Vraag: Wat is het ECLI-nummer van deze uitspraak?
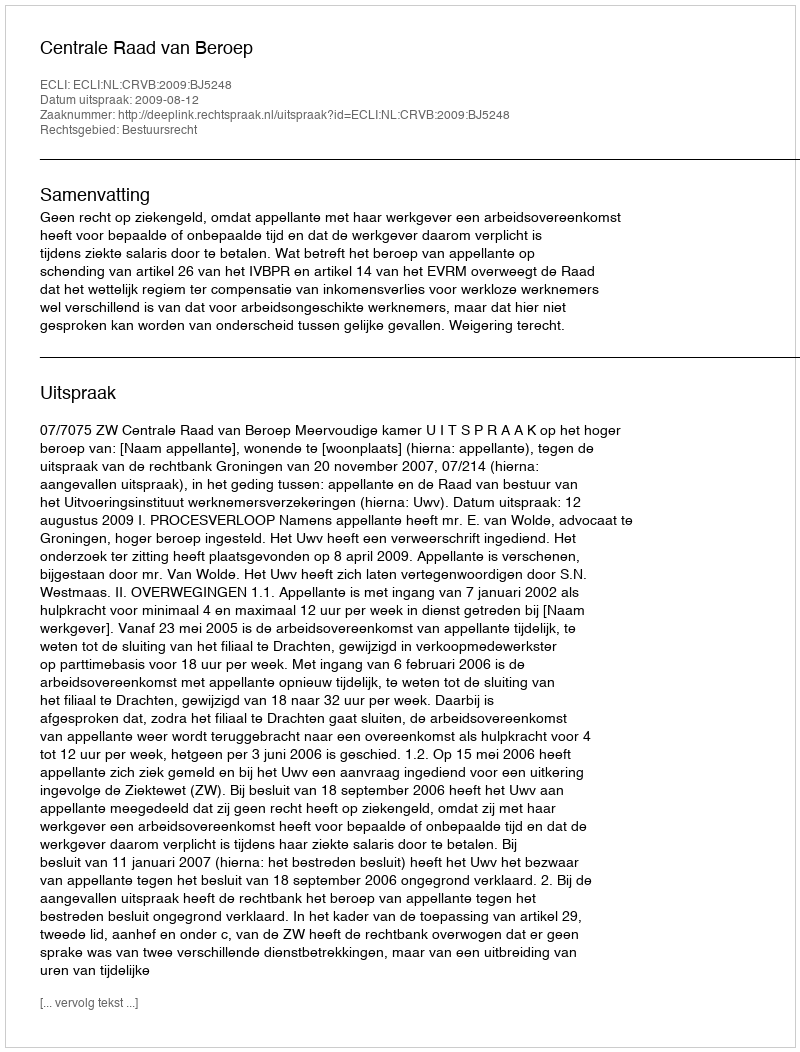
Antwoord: ECLI:NL:CRVB:2009:BJ5248